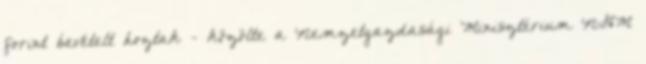
forint bevételt hoztak - közölte a Nemzetgazdasági Minisztérium NGM